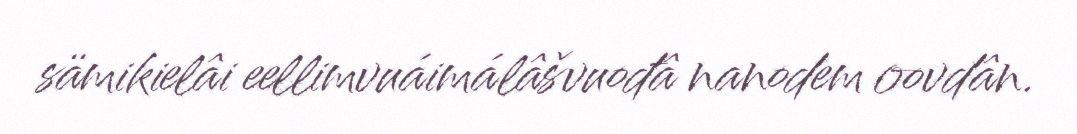
sämikielâi eellimvuáimálâšvuođâ nanodem oovdân.